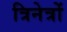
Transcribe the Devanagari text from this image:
त्रिनेत्रों